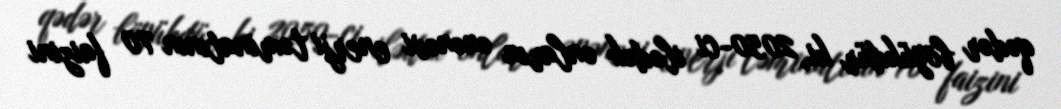
qədər böyükdür ki, 2050-ci ilədək onların ənənəvi enerji təminatının 70 faizini